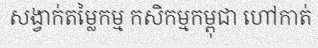
សង្វាក់តម្លៃកម្ម កសិកម្មកម្ពុជា ហៅកាត់